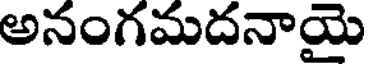
అనంగమదనాయై